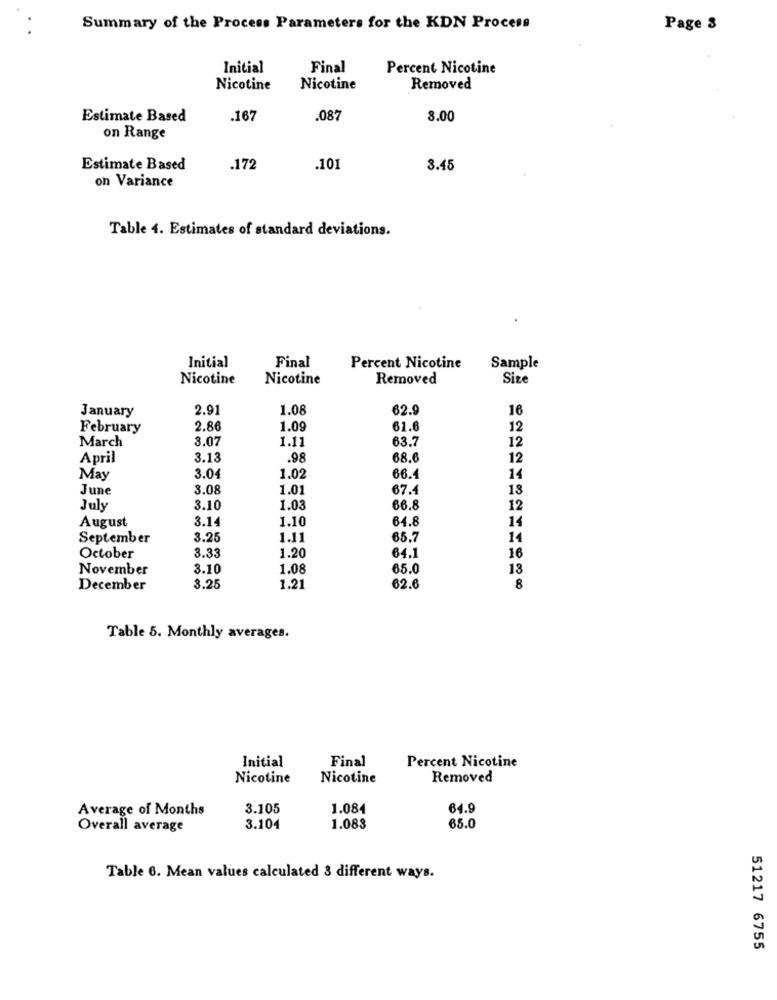
Summary of the Process Parameters for the KDN Process
Page 8
Initial
Final
Percent Nicotine
Nicotine
Nicotine
Removed
Estimate Based
.167
.087
8.00
on Range
Estimate Based
.172
.101
3.45
on Variance
Table 4. Estimates of standard deviations.
Initial
Final
Percent Nicotine
Sample
Nicotine
Nicotine
Removed
Size
January
2.91
1.08
62.9
16
February
2.86
1.09
61.6
12
March
3.07
1.11
63.7
12
April
3.13
.98
68.6
12
May
3.04
1.02
66.4
14
June
3.08
1.01
67.4
13
July
3.10
1.03
66.8
12
August
3.14
1.10
64.8
14
September
3.25
1.11
65.7
14
3.33
1.20
64.1
October
16
November
3.10
1.08
65.0
13
December
3.25
1.21
62.6
8
Table 5. Monthly averages.
Final
Initial
Percent Nicotine
Nicotine
Nicotine
Removed
Average of Months
3.105
1.084
64.9
65.0
Overall average
3.104
1.083
Table 6. Mean values calculated 3 different ways.
51217 6755